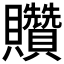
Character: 𧹏